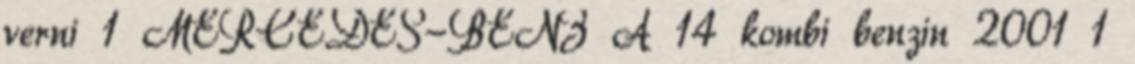
verni 1 MERCEDES-BENZ A 14 kombi benzin 2001 1